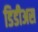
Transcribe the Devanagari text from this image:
डिडीअस